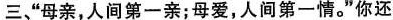
三、”母亲，人间第一亲；母爱，人间第一情。”你还